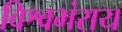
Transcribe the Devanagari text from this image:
विश्वभंराय